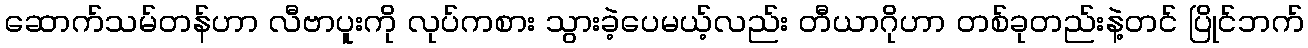
ဆောက်သမ်တန်ဟာ လီဗာပူးကို လုပ်ကစား သွားခဲ့ပေမယ့်လည်း တီယာဂိုဟာ တစ်ခုတည်းနဲ့တင် ပြိုင်ဘက်